Lunatic asylums Punjab 1881-1894 - 1881-1894
Year: 1881
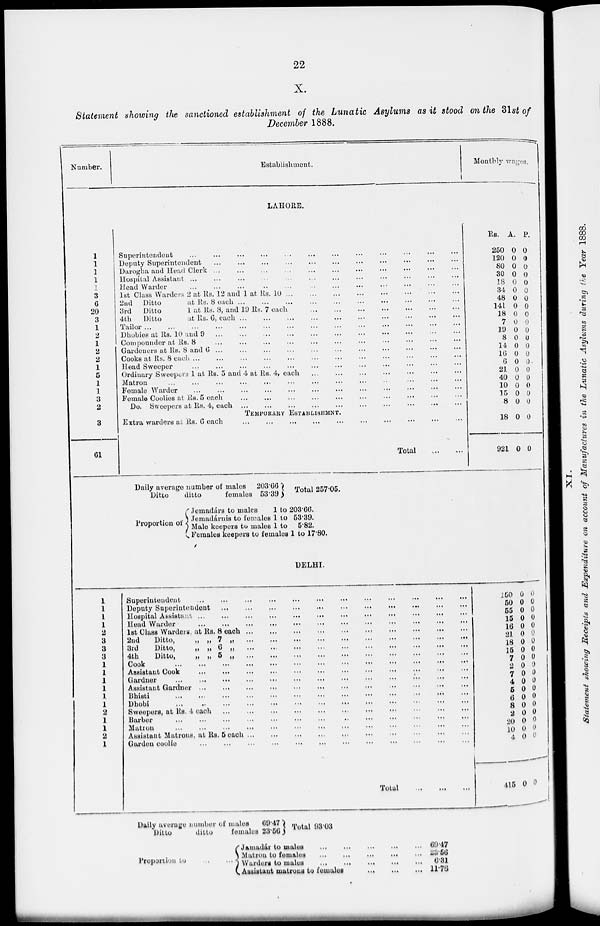
22
X.
Statement showing the sanctioned establishment of the Lunatic Asylums as it stood on the 31st of
December 1888.
Number.
Establishment.
Monthly wages.
LAHORE.
1
1
1
1
1
3
6
20
3
1
2
1
2
2
1
5
1
1
3
2
3
61
Superintendent...
...
...
...
...
...
...
...
Deputy
Superintendentident...
...
...
...
...
...
...
...
Darogha and Head1 Clerk
...
...
...
...
...
...
...
...
Hospital
Assistant...
...
...
...
...
...
...
...
Head Warder
...
...
...
...
...
...
...
...
1st Class Warders2 at Rs. 12 and 1 at Rs. 10... ... ... ...
2nd Ditto
at Rs. 8
each...
...
...
...
...
...
...
...
3rd
Ditto1 at Rs. 8, and 19 Rs. 7 each ... ... ... ... ...
4th
Ditto
at Rs. 6,
each...
...
...
...
...
...
...
...
Tailor...
...
...
...
...
...
...
...
Dhobies at Rs. 10and
9...
...
...
...
...
...
...
...
Compounder at
Rss.
8...
...
...
...
...
...
...
...
Gardeners at Rs.8 and
6...
...
...
...
...
...
...
...
Cooks at Rs. 8
eachch...
...
...
...
...
...
...
...
Head
Sweeper...
...
...
...
...
...
...
...
Ordinary Sweepers1 at Rs. 5 and 4 at Rs. 4 , e a c h . . . ... ... ...
Matron...
...
...
...
...
...
...
...
Female
Warder...
...
...
...
...
...
...
...
Female Coolies atRs. 5
each...
...
...
...
...
...
...
...
Do. Sweepersat Rs. 4,
each...
...
...
...
...
...
...
...
TEMPORARY ESTABLISHMENT.
Extra warders atRs.
6
each...
...
...
...
...
...
...
...
Total ... ... ... ... ... ... ... ...
Daily average number of males 203.66
Ditto
ditto
females 53.39 Total 257.35
Proportion of
Rs.
250
120
80
30
18
34
48
141
18
7
19
8
14
16
6
21
40
10
35
8
18
921
A.
0
0
0
0
0
0
0
0
0
0
0
0
0
0
0
0
0
0
0
0
0
0
P.
0
0
0
0
0
0
0
0
0
0
0
0
0
0
0
0
0
0
0
0
0
0
DELHI.
1
1
1
1
2
3
3
3
1
1
1
1
1
1
2
1
1
2
1
Superintendent...
...
...
...
...
...
...
...
Deputy
Superintendent...
...
...
...
...
...
...
...
Hospital
Assistantit...
...
...
...
...
...
...
...
Head Warder
...
...
...
...
...
...
...
...
1st Class Warders at Rs. 8
each...
...
...
...
...
...
...
...
2nd
Ditto,
„ „ 7
„...
...
...
...
...
...
...
...
3rd
Ditto,
„
„
6
„
...
...
...
...
...
...
...
...
4th
Ditto, „ „ 5 „... ... ... ... ... ... ... ...
Cook...
...
...
...
...
...
...
...
Assistant
Cook...
...
...
...
...
...
...
...
Gardner...
...
...
...
...
...
...
...
Assistant Gardner... ... ... ... ... ... ... ...
Bhisti... ... ... ... ... ... ... ...
Dhobi...
...
...
...
...
...
...
...
Sweepers, at Rs.4
each...
...
...
...
...
...
...
...
Barber... ... ... ... ... ... ... ...
Matron...
...
...
...
...
...
...
...
Assistant Matrons, at Rs. 5 each ... ... ... ... ... ... ... ...
Garden
coolie...
...
...
...
...
...
...
...
Total
...
...
...
150
60
55
15
16
21
18
15
1
2
7
4
5
6
8
2
20
10
4
415
0
0
0
0
0
0
0
0
0
0
0
0
0
0
0
0
0
0
0
0
0
0
0
0
0
0
0
0
0
0
0
0
0
0
0
0
0
0
0
0
Daily average number of males
Ditto
ditto
females
60.47
23.56
Total 98.03
Proportion to
Jamadár to males
...
...
...
...
Matrou to females
...
...
...
...
Warden to males
...
...
...
...
Assistant matrons to fenales ... ...
6947
23.56
6.31
11.78